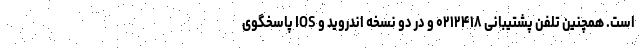
است. همچنین تلفن پشتیبانی ۰۲۱۲۴۱۸ و در دو نسخه اندروید و IOS پاسخگوی